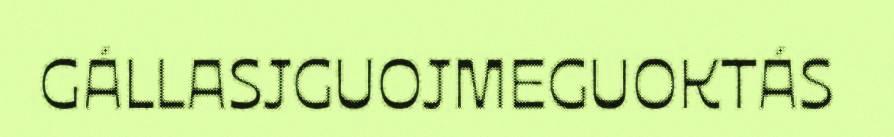
GÁLLASJGUOJMEGUOKTÁS